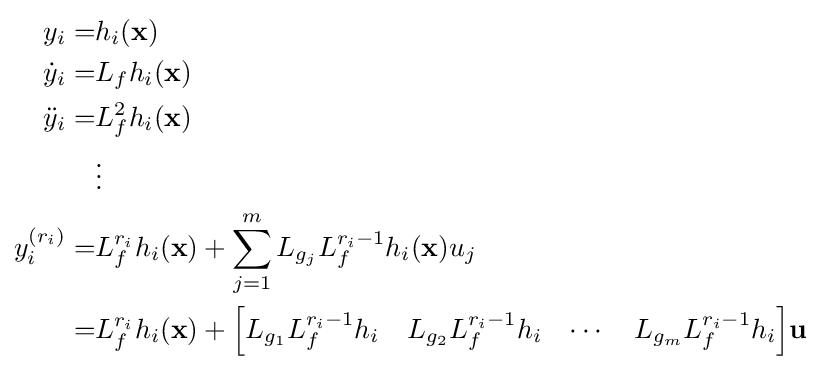
{\begin{aligned}y_{i}=&h_{i}(\mathbf {x} )\\{\dot {y}}_{i}=&L_{f}h_{i}(\mathbf {x} )\\{\ddot {y}}_{i}=&L_{f}^{2}h_{i}(\mathbf {x} )\\&\vdots \\y_{i}^{(r_{i})}=&L_{f}^{r_{i}}h_{i}(\mathbf {x} )+\sum _{j=1}^{m}L_{g_{j}}L_{f}^{r_{i}-1}h_{i}(\mathbf {x} )u_{j}\\=&L_{f}^{r_{i}}h_{i}(\mathbf {x} )+{\begin{bmatrix}L_{g_{1}}L_{f}^{r_{i}-1}h_{i}&L_{g_{2}}L_{f}^{r_{i}-1}h_{i}&\cdots &L_{g_{m}}L_{f}^{r_{i}-1}h_{i}\end{bmatrix}}\mathbf {u} \end{aligned}}